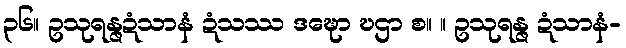
၃၆။ ဥသုရန္ဇဍံသာနံ ဍံသဿ ဒဍ္ဎော ဎဌာ စ။ ။ ဥသုရန္ဇ ဍံသာနံ-